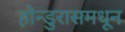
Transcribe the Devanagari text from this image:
होन्डुरासमधून